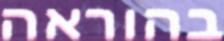
בהוראה